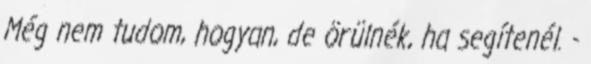
Még nem tudom, hogyan, de örülnék, ha segítenél. -